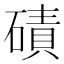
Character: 磧